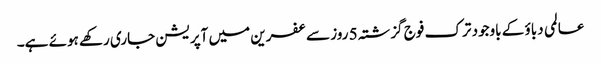
عالمی دباؤ کے باوجود ترک فوج گزشتہ 5 روز سے عفرین میں آپریشن جاری رکھے ہوئے ہے۔